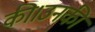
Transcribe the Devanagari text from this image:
की।उनकी